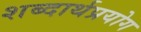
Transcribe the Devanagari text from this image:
शब्दार्थप्रयोग